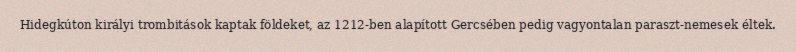
Hidegkúton királyi trombitások kaptak földeket, az 1212-ben alapított Gercsében pedig vagyontalan paraszt-nemesek éltek.